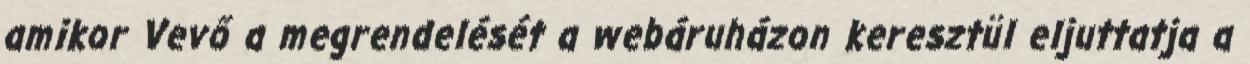
amikor Vevő a megrendelését a webáruházon keresztül eljuttatja a